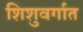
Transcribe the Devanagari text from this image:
शिशुवर्गात